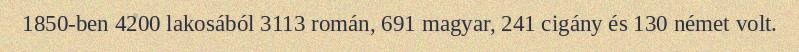
1850-ben 4200 lakosából 3113 román, 691 magyar, 241 cigány és 130 német volt.